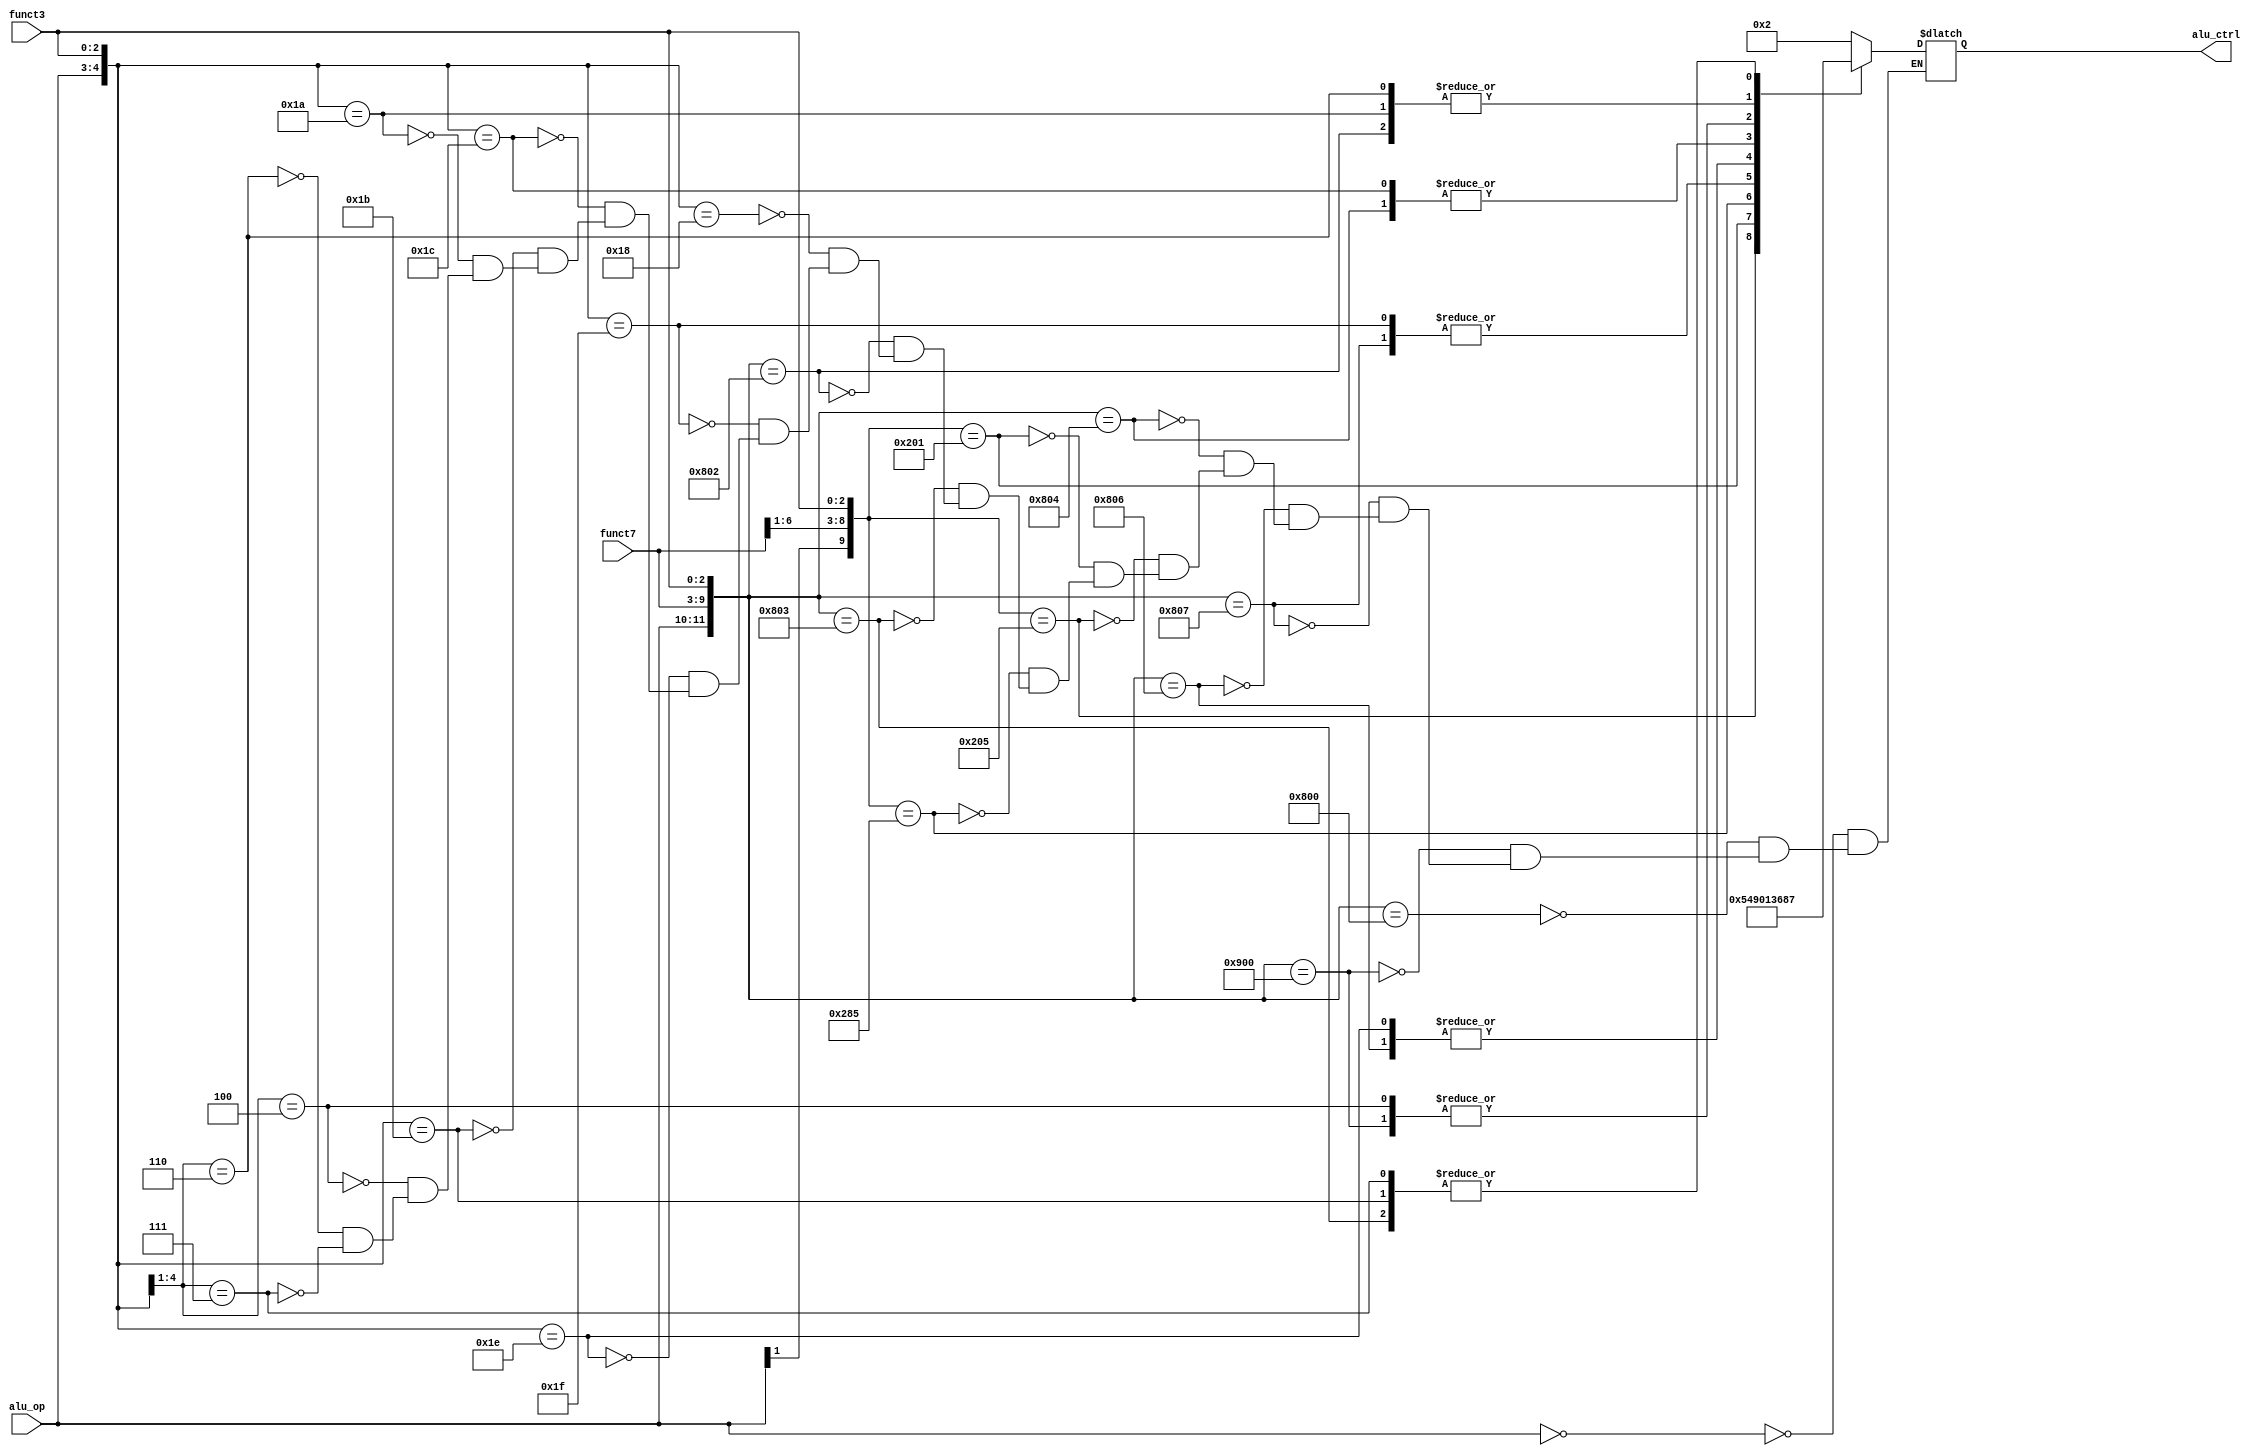
`timescale 1ns / 1ps
//////////////////////////////////////////////////////////////////////////////////
// Company: 
// Engineer: 
// 
// Design Name: 
// Module Name: alu_control
// Project Name: 
// Target Devices: 
// Tool Versions: 
// Description: 
// 
// Dependencies: 
// 
// Revision:
// Revision 0.01 - File Created
// Additional Comments:
// 
//////////////////////////////////////////////////////////////////////////////////


module alu_control(
    input [1:0] alu_op,
    input [6:0] funct7,
    input [2:0] funct3,
    
    output reg [3:0] alu_ctrl
);

    always @ ( alu_op or funct7 or funct3 ) begin
        casex({alu_op, funct7, funct3})  
            12'b00xxxxxxxxxx: alu_ctrl = 4'b0010; // ld,sd
            12'b100000000000: alu_ctrl = 4'b0010; // add
            12'b100100000000: alu_ctrl = 4'b0110; // sub
            12'b100000000111: alu_ctrl = 4'b0000; // and
            12'b100000000110: alu_ctrl = 4'b0001; // or
            12'b100000000100: alu_ctrl = 4'b0011; // xor 
            12'b1x000000x101: alu_ctrl = 4'b0101; // srl,srli
            12'b1x000000x001: alu_ctrl = 4'b0100; // sll,slli
            12'b1x010000x101: alu_ctrl = 4'b1001; // sra,srai
            12'b100000000011: alu_ctrl = 4'b0111; // sltu
            12'b100000000010: alu_ctrl = 4'b1000; // slt
            12'b11xxxxxxx000: alu_ctrl = 4'b0010; // addi
            12'b11xxxxxxx111: alu_ctrl = 4'b0000; // andi
            12'b11xxxxxxx110: alu_ctrl = 4'b0001; // ori
            12'b11xxxxxxx100: alu_ctrl = 4'b0011; // xori
            12'b11xxxxxxx011: alu_ctrl = 4'b0111; // sltiu
            12'b11xxxxxxx010: alu_ctrl = 4'b1000; // slti
            12'b01xxxxxxx00x: alu_ctrl = 4'b0110; // beq,bne
            12'b01xxxxxxx10x: alu_ctrl = 4'b1000; // blt,bge
            12'b01xxxxxxx11x: alu_ctrl = 4'b0111; // bltu,bgeu
        endcase
    end

endmodule